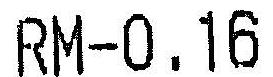
RM-0.16